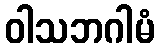
ဝါသဘဂါမံ